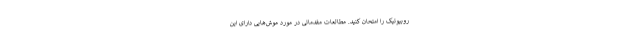
روبیوتیک را امتحان کنید. مطالعات مقدماتی در مورد موش‌هایی دارای این